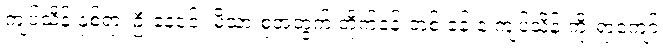
ကျပ်သိန်းနှစ်ရာ၊ ဦးနေဝင်း မိသားစုအတွက် တိုက်ခန်းတစ် ခန်းနဲ့ ကျပ်သိန်းကိုးရာကျော်